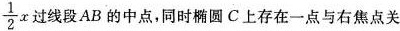
\frac{1}{2} x$$ 过线段AB的中点，同时椭圆C上存在一点与右焦点关